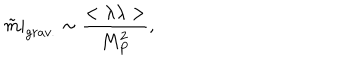
LaTeX: \tilde { m } | _ { g r a v . } \sim { \frac { < \lambda \lambda > } { M _ { P } ^ { 2 } } } ,